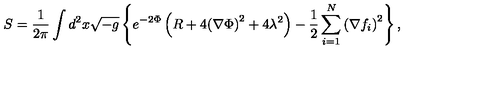
S = { \frac { 1 } { 2 \pi } } \int d ^ { 2 } x \sqrt { - g } \left\{ e ^ { - 2 \Phi } \left( R + 4 { \left( \nabla \Phi \right) } ^ { 2 } + 4 \lambda ^ { 2 } \right) - { \frac { 1 } { 2 } } \sum _ { i = 1 } ^ { N } { \left( \nabla f _ { i } \right) } ^ { 2 } \right\} ,